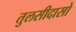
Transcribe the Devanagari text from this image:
तुलसीदासो